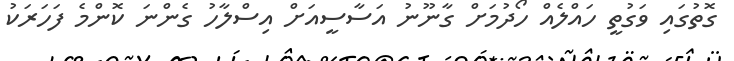
ގޮތުގައި ވަގުތީ ހައްލެއް ހޯދުމަށް ގާނޫނު އަސާސީއަށް އިސްލާހު ގެންނަ ކޮންމެ ފަހަރަކު